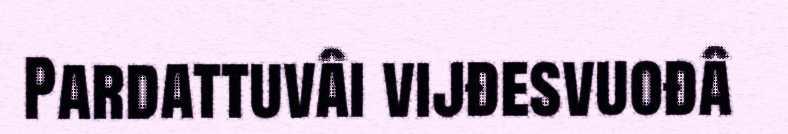
Pardattuvâi vijđesvuođâ